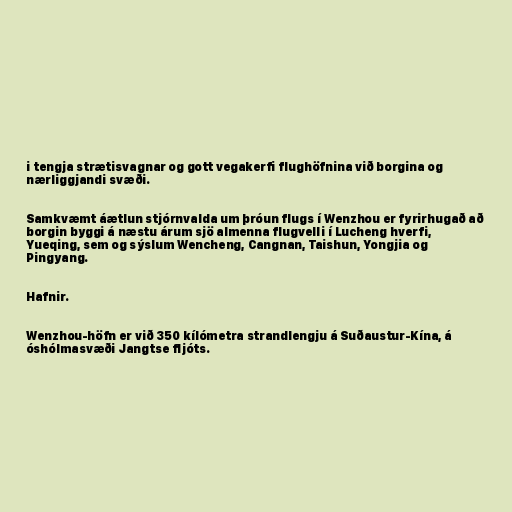
i tengja strætisvagnar og gott vegakerfi flughöfnina við borgina og
nærliggjandi svæði.

Samkvæmt áætlun stjórnvalda um þróun flugs í Wenzhou er fyrirhugað að
borgin byggi á næstu árum sjö almenna flugvelli í Lucheng hverfi,
Yueqing, sem og sýslum Wencheng, Cangnan, Taishun, Yongjia og
Pingyang.

Hafnir.

Wenzhou-höfn er við 350 kílómetra strandlengju á Suðaustur-Kína, á
óshólmasvæði Jangtse fljóts.